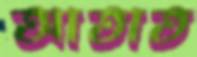
আতাত